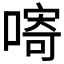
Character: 𱔓